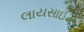
લાયસાઈન